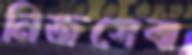
নিজসেবা